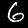
Label: 6